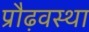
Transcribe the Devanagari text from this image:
प्रौढ़वस्था